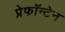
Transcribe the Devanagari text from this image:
प्रेफॉन्टेन